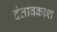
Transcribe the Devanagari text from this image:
दंतावकाश